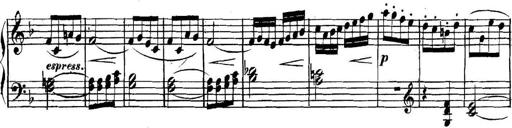
Title: Collected Piano Sonatas
Composer: Muzio Clementi